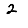
Digit: 2